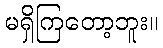
မရှိကြတော့ဘူး။